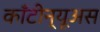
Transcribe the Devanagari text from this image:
काँटीन्यूअस